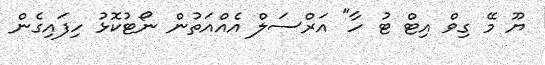
ޔޫ މޭ ގިވް އިޓް ޓު ހާ" އަރްސަލް އެއްއަތުން ނޯޓުކޮޅު ހިފައިގެން